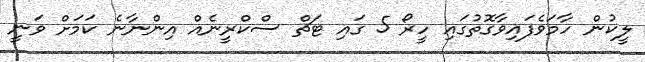
ލީކުން ހާމަވެފައިވާގޮތުގައި ހީރޯ 5 ގައި ޓަޗް ސްކްރީނެއް އިންނާނެ ކަމަށް ވަނީ